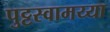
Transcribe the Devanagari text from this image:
पुट्टस्वामय्या